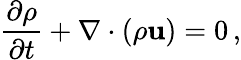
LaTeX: {\frac{\partial\rho}{\partial t}}+\nabla\cdot(\rho{\mathbf u})=0\, ,